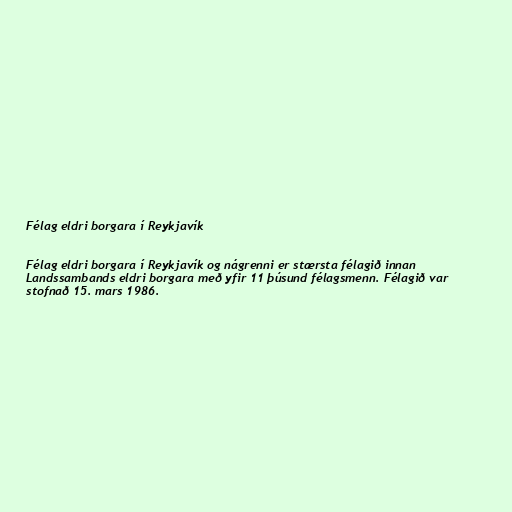
Félag eldri borgara í Reykjavík

Félag eldri borgara í Reykjavík og nágrenni er stærsta félagið innan
Landssambands eldri borgara með yfir 11 þúsund félagsmenn. Félagið var
stofnað 15. mars 1986.